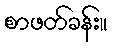
စာဖတ်ခန်း။